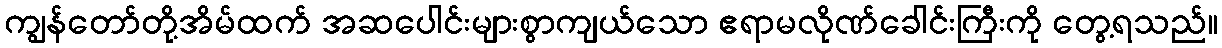
ကျွန်တော်တို့အိမ်ထက် အဆပေါင်းများစွာကျယ်သော ဧရာမလိုဏ်ခေါင်းကြီးကို တွေ့ရသည်။